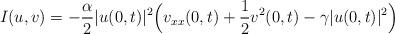
LaTeX: \begin{align*}I(u,v)= -\frac{\alpha}{2}|u(0,t)|^2\Big(v_{xx}(0,t)+\frac12 v^2(0,t)-\gamma|u(0,t)|^2\Big)\end{align*}